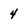
Character: 4